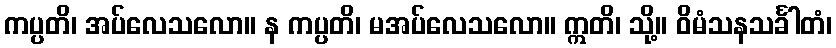
ကပ္ပတိ၊ အပ်လေသလော။ န ကပ္ပတိ၊ မအပ်လေသလော။ ဣတိ၊ သို့။ ဝိမံသနသင်္ခါတံ၊